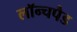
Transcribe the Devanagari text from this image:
लॉन्चपैड